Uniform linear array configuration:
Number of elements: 32
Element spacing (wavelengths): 0.5
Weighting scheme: exponential
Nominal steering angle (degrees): -30
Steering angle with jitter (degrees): -29.843
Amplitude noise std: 0.05
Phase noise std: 0.05

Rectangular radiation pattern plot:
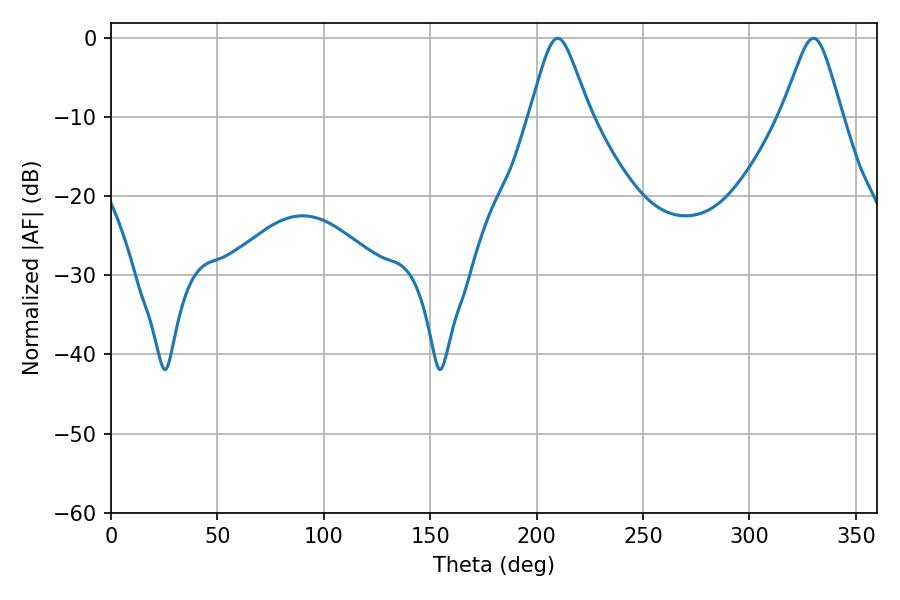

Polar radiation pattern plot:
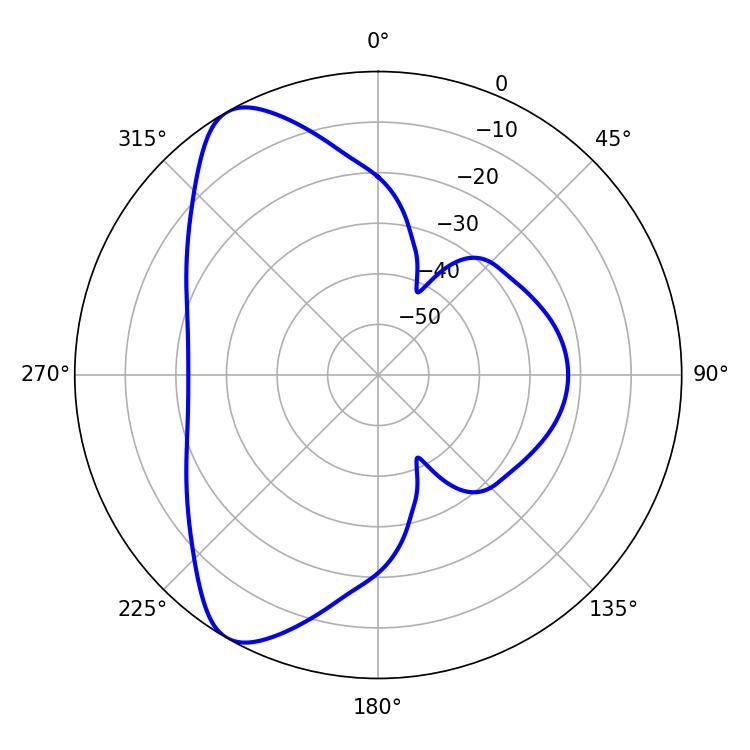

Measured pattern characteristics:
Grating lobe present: FALSE
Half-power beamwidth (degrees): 13.5
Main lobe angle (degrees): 330.12